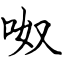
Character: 呶